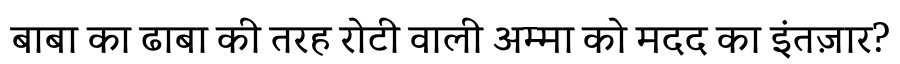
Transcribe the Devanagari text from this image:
बाबा का ढाबा की तरह रोटी वाली अम्मा को मदद का इंतज़ार?